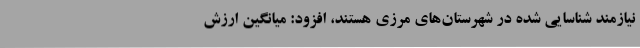
نیازمند شناسایی شده در شهرستان‌های مرزی هستند، افزود: میانگین ارزش